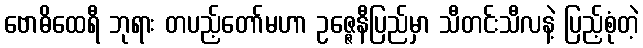
ဗောဓိထေရီ ဘုရား တပည့်တော်မဟာ ဥဇ္ဇေနီပြည်မှာ သီတင်းသီလနဲ့ ပြည့်စုံတဲ့